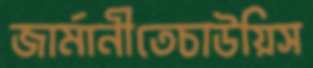
জার্মানীতেচাউয়িস